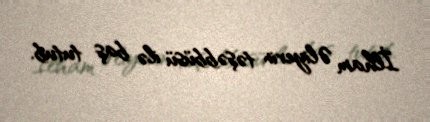
İlham Əliyevin təşəbbüsü ilə baş tutub.